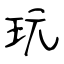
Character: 玩